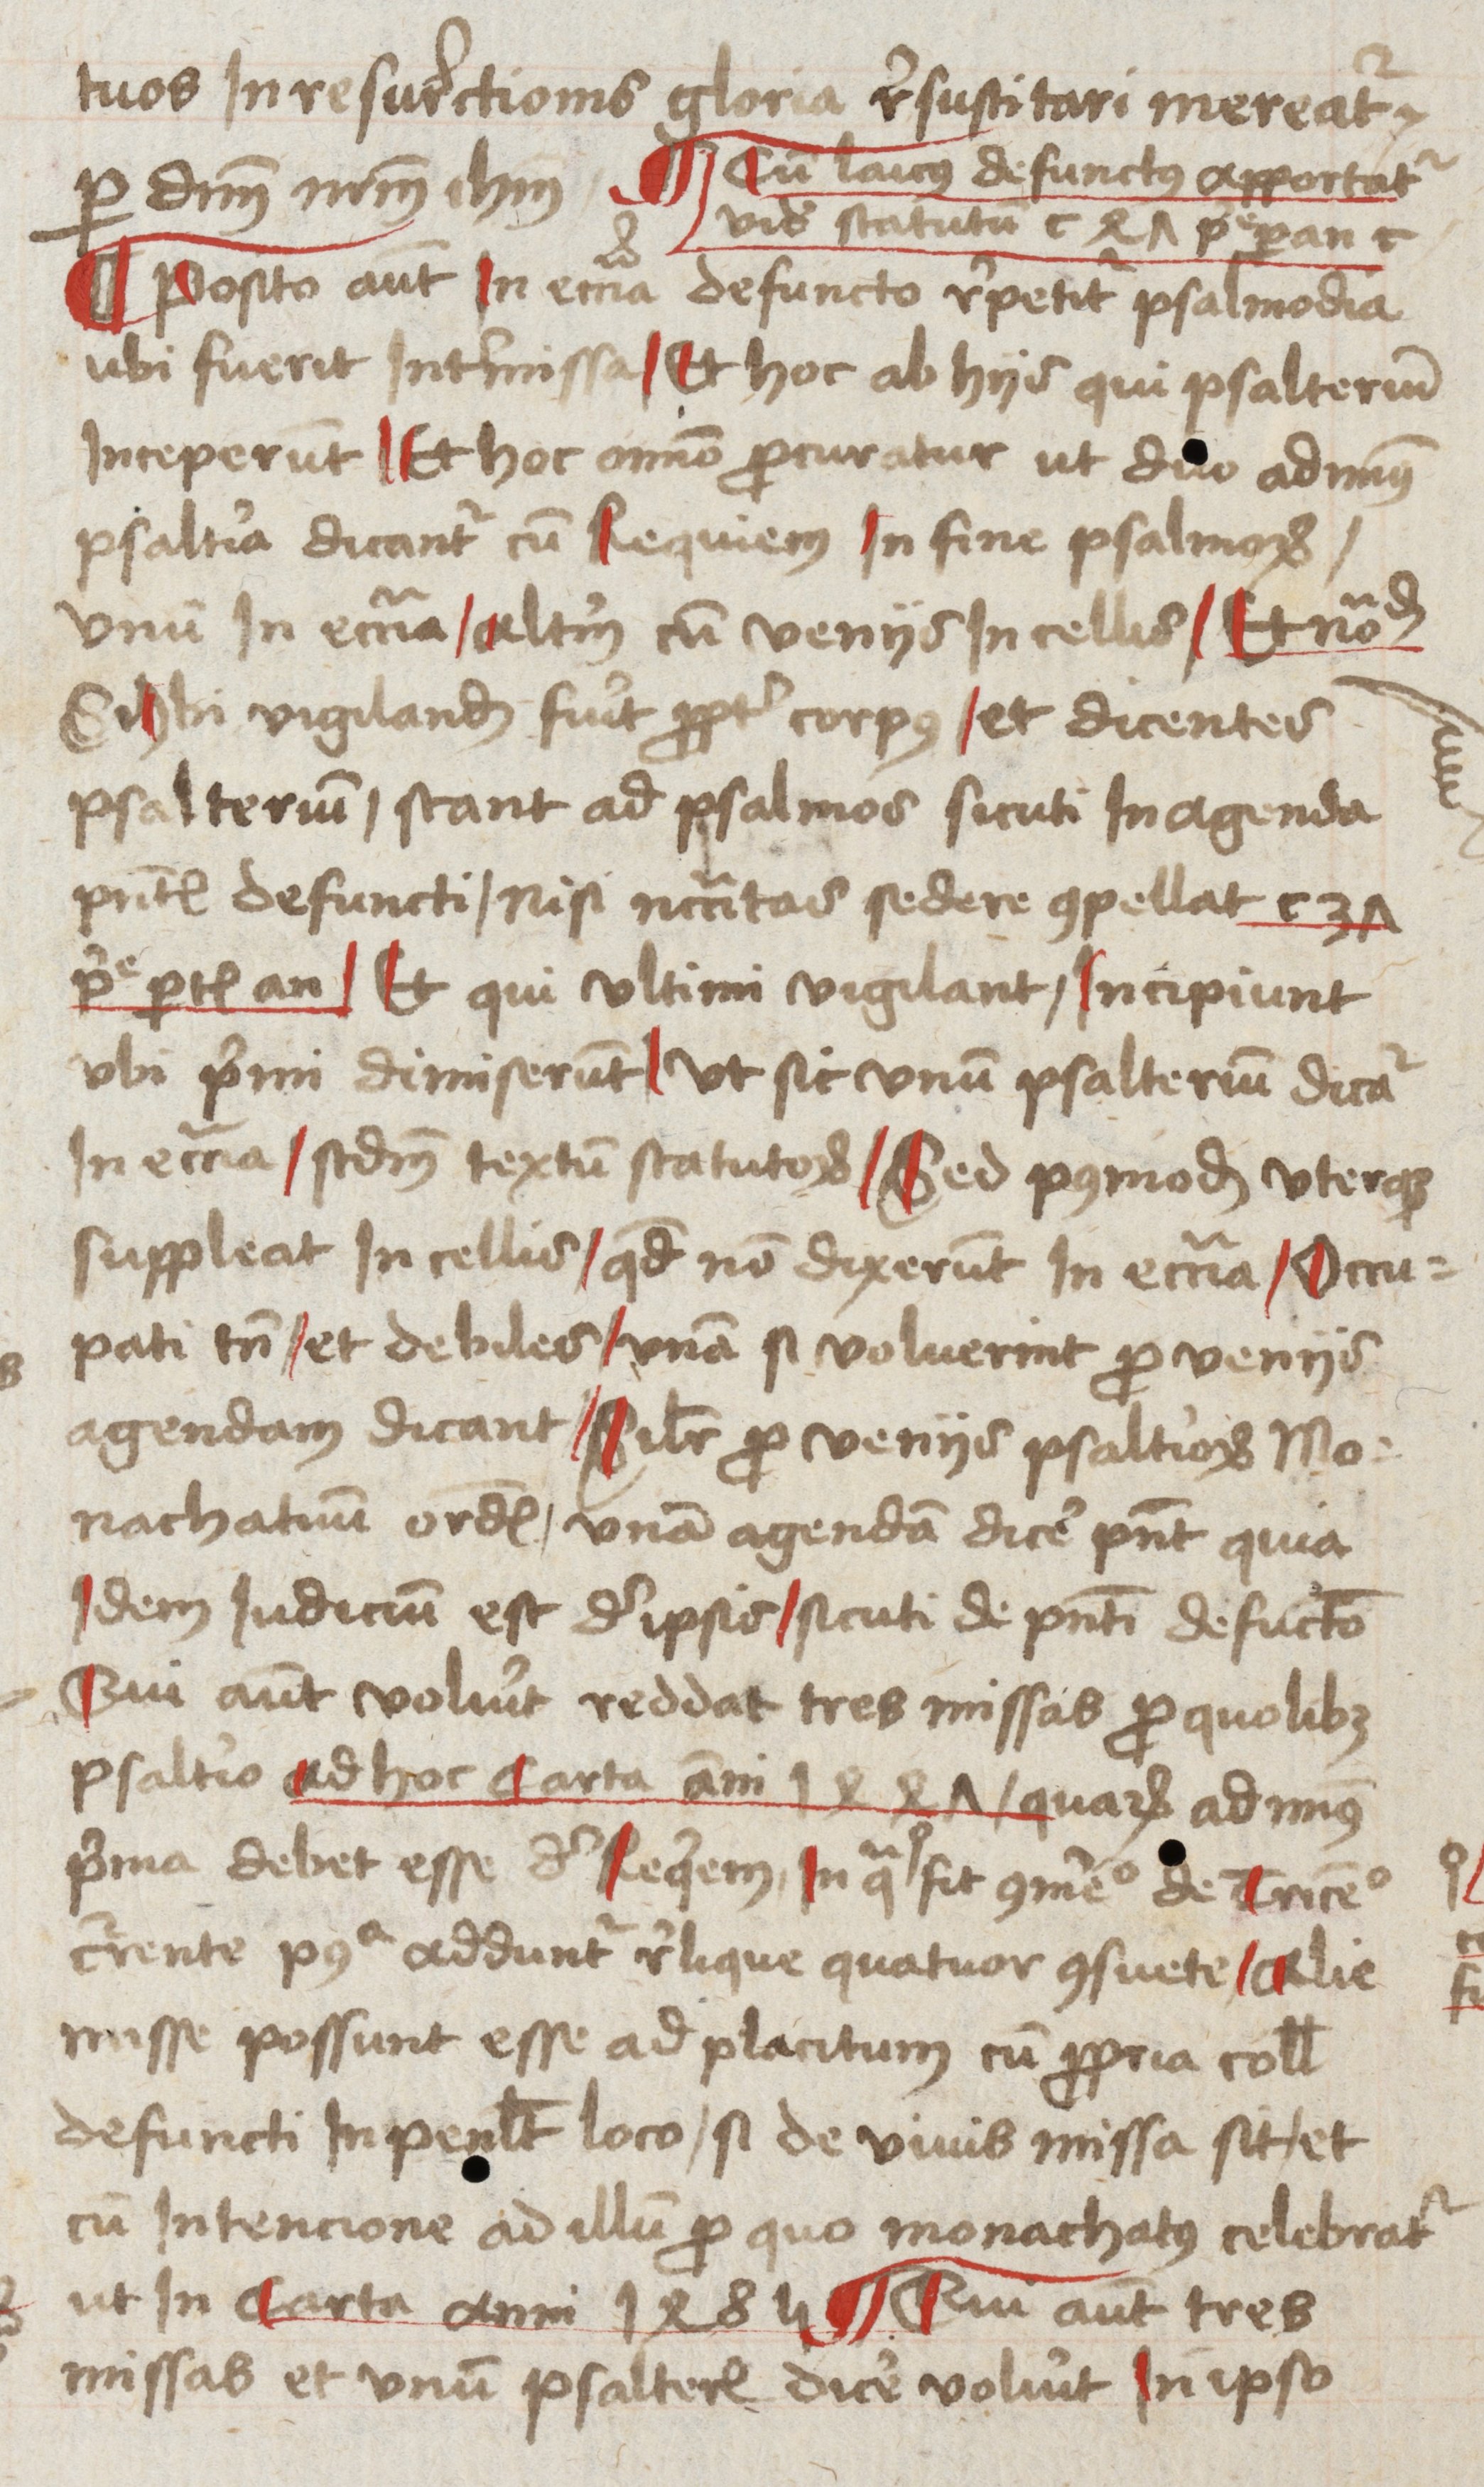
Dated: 1485–1515